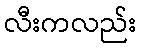
လီးကလည်း